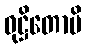
ဝုဋ္ဌိတောပိ